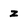
Character: z